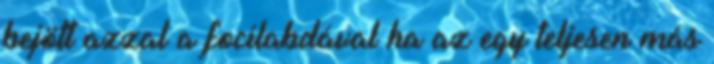
bejött azzal a focilabdával ha az egy teljesen más